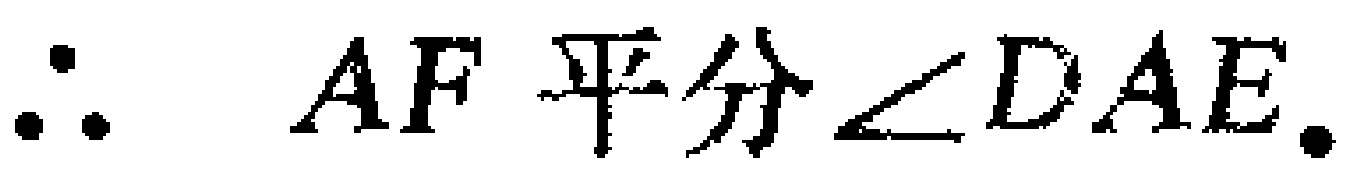
\(\therefore AF\text{ 平分 }\angle DAE.\)